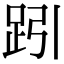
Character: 𧿯